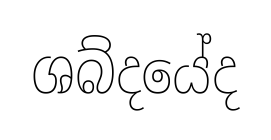
ශබ්දයේද